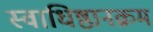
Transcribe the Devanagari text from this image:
स्वाधिष्ठानक्रम